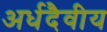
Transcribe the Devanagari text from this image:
अर्धदैवीय